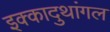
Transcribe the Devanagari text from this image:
इक्कादुथांगल